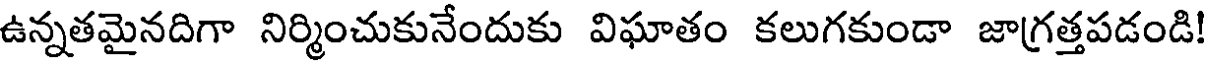
ఉన్నతమైనదిగా నిర్మించుకునేందుకు విఘాతం కలుగకుండా జాగ్రత్తపడండి!